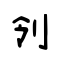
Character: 刢